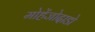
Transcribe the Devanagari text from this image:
मोहेंजोदाडो